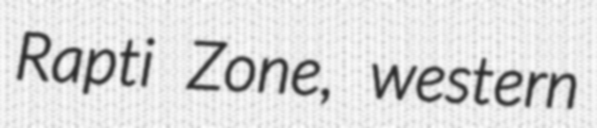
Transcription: Rapti Zone, western